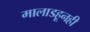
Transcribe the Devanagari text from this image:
मालाडहूनही